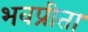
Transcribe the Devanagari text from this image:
भवप्रीता